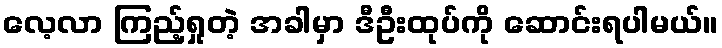
လေ့လာ ကြည့်ရှုတဲ့ အခါမှာ ဒီဦးထုပ်ကို ဆောင်းရပါမယ်။